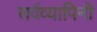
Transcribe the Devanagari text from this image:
सर्वव्यापिनी